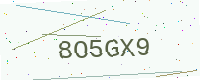
Text: 8O5GX9